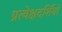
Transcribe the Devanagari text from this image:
प्रत्येक्षदर्शियों